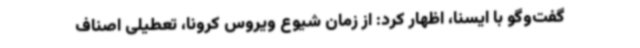
گفت‌وگو با ایسنا، اظهار کرد: از زمان شیوع ویروس کرونا، تعطیلی اصناف